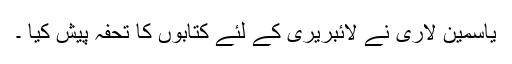
یاسمین لاری نے لائبریری کے لئے کتابوں کا تحفہ پیش کیا ۔